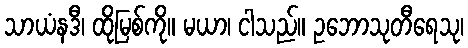
သာယံနဒီ၊ ထိုမြစ်ကို။ မယာ၊ ငါသည်။ ဥဘောသုတီရေသု၊